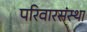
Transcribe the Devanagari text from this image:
परिवारसंस्था